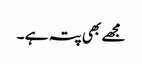
مجھے بھی پتہ ہے ۔